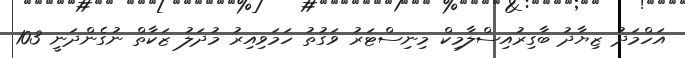
އަހްމަދު ޒިޔާދު ބާގިރުއިސްލާމިކް މިނިސްޓަރު ވަގުތު ހަމަވިއިރު މުދަލު ޒަކާތް ނުގެންދަނީ 103